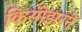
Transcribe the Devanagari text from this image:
किसीझरने